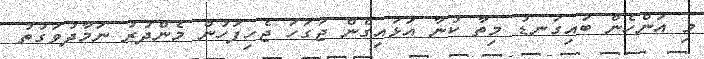
މި އަންހެން ބައިގަނޑު މިތާ ކުނާ އަޅައިގެން ޖަގަހަ ޖެހިފަހުން މެންދުރު ނަމާދުވަގުތު